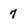
Character: 7